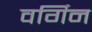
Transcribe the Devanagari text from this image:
वर्गिन